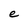
Character: e